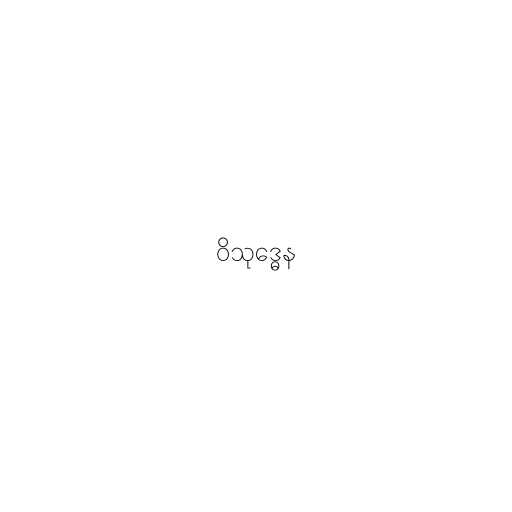
ဝိသုဒ္ဓေန